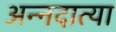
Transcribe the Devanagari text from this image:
अन्नदात्या